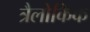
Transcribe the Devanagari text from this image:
त्रैलोकिक